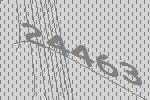
24463